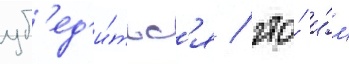
уб'ед'и́тьс'я / что́ и́м